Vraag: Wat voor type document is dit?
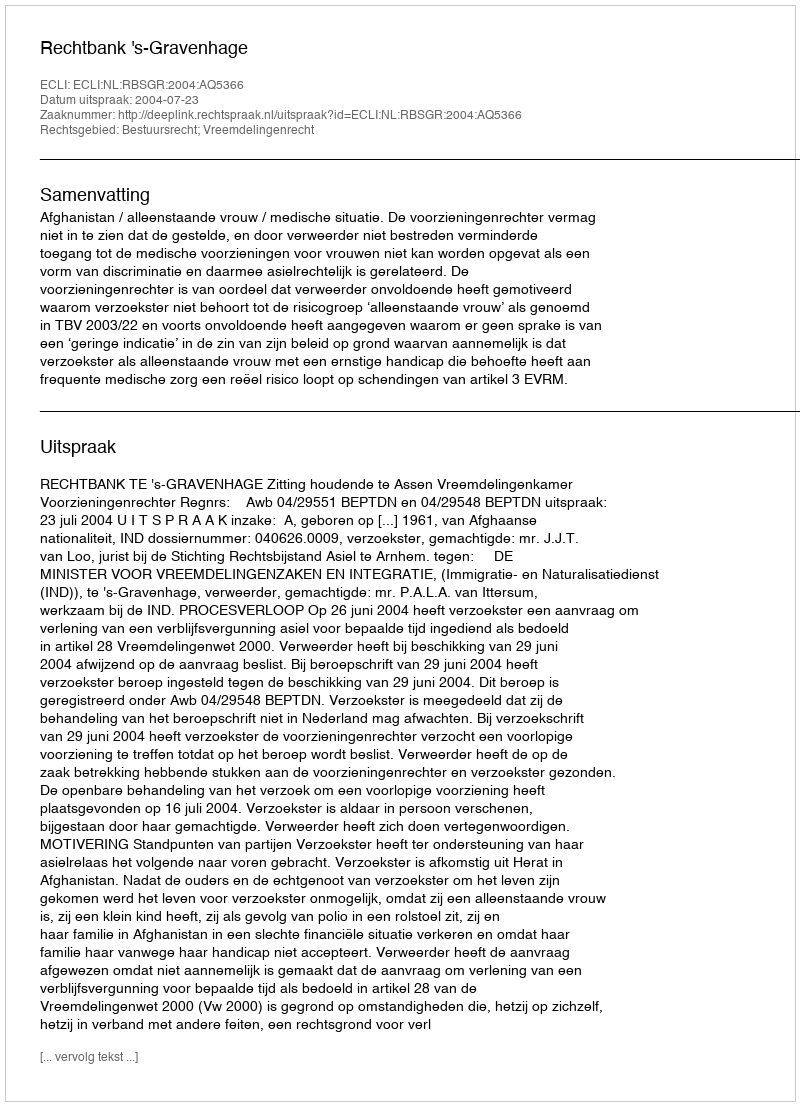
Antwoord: Uitspraak